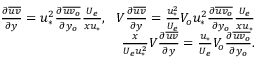
\begin{array} { r } { \frac { \partial \overline { { u v } } } { \partial y } = u _ { * } ^ { 2 } \frac { \partial \overline { { u v _ { o } } } } { \partial y _ { o } } \frac { U _ { e } } { x u _ { * } } , \ \ V \frac { \partial \overline { { u v } } } { \partial y } = \frac { u _ { * } ^ { 2 } } { U _ { e } } V _ { o } u _ { * } ^ { 2 } \frac { \partial \overline { { u v _ { o } } } } { \partial y _ { o } } \frac { U _ { e } } { x u _ { * } } } \\ { \frac { x } { U _ { e } u _ { * } ^ { 2 } } V \frac { \partial \overline { { u v } } } { \partial y } = \frac { u _ { * } } { U _ { e } } V _ { o } \frac { \partial \overline { { u v _ { o } } } } { \partial y _ { o } } . } \end{array}